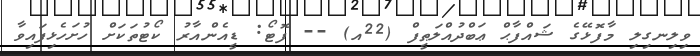
ވިލިނގިލި މާފޮޅޭގެ ޝައްފާޙް ޢަބްދުއްލަޠީފް (22އ) -- ފޮޓޯ: ޑީއެންއާރު ކޯޓުތަކަށް ހުށަހެޅިފައިވާ